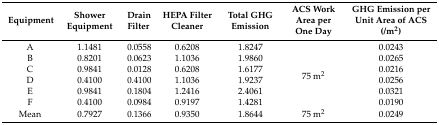
| Equipment | Shower Equipment | Drain Filter | HEPA Filter Cleaner | Total GHG Emission | ACS Work Area per One Day | GHG Emission per Unit Area of ACS (/m2) |
 | --- | --- | --- | --- | --- | --- | --- |
 | A | 1.1481 | 0.0558 | 0.6208 | 1.8247 | <ROWSPAN=6> 75 m2 | 0.0243 |
 | B | 0.8201 | 0.0623 | 1.1036 | 1.9860 | 0.0265 |
 | C | 0.9841 | 0.0128 | 0.6208 | 1.6177 | 0.0216 |
 | D | 0.4100 | 0.4100 | 1.1036 | 1.9237 | 0.0256 |
 | E | 0.9841 | 0.1804 | 1.2416 | 2.4061 | 0.0321 |
 | F | 0.4100 | 0.0984 | 0.9197 | 1.4281 | 0.0190 |
 | Mean | 0.7927 | 0.1366 | 0.9350 | 1.8644 | 75 m2 | 0.0249 |